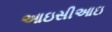
આઇસીઆઇ